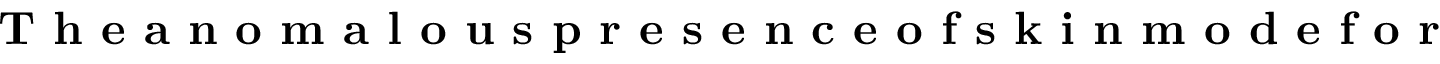
\textbf { T h e a n o m a l o u s p r e s e n c e o f s k i n m o d e f o r }